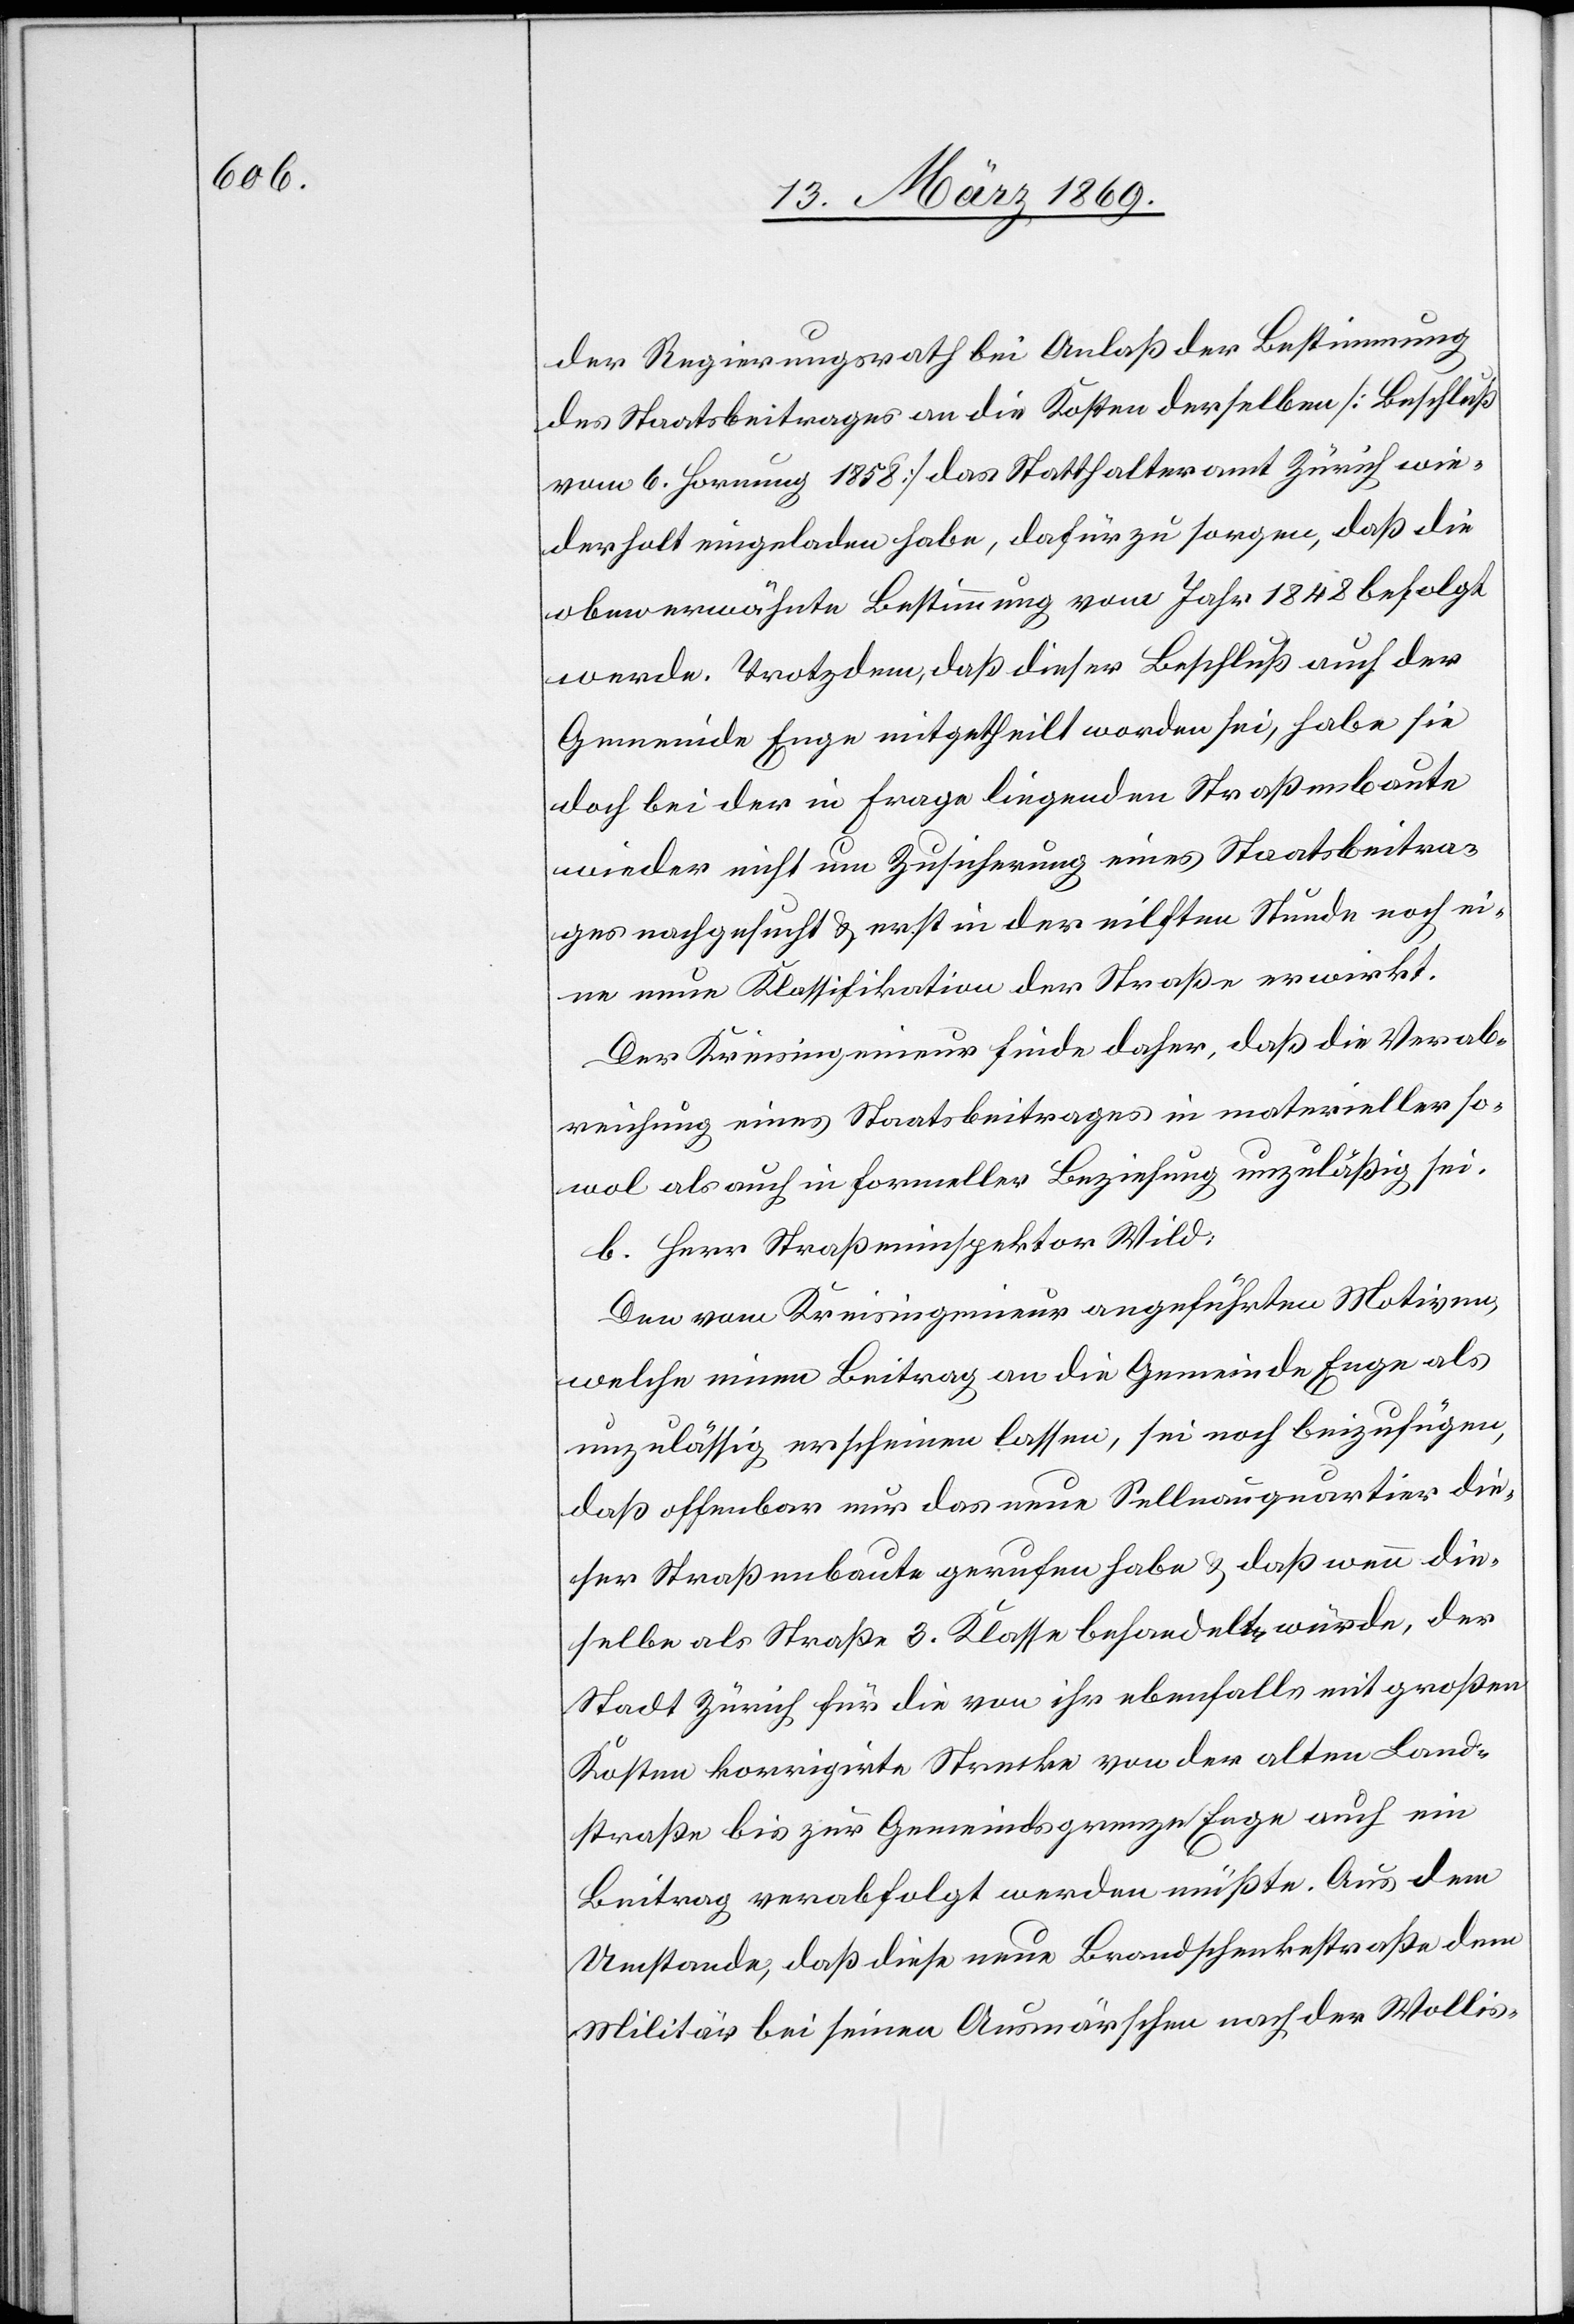
der Regierungsrath bei Anlaß der Bestimmung
des Staatsbeitrages an die Kosten derselben [Beschluß
vom 6. Hornung 1858] das Statthalteramt Zürich wie¬
derholt eingeladen habe, dafür zu sorgen, daß die
oberwähnte Bestimmung vom Jahr 1848 befolgt
werde. Trotzdem, daß dieser Beschluß auch der
Gemeinde Enge mitgetheilt worden sei, habe sie
doch bei der in Frage liegenden Straßenbaute
wieder nicht um Zusicherung eines Staatsbeitra¬
ges nachgesucht & erst in der eilften Stunde noch ei¬
ne neue Klassifikation der Straße erwirkt.
Der Kreisingenieur finde daher, daß die Verab¬
reichung eines Staatsbeitrages in materieller so¬
wol als auch in formeller Beziehung unzuläßig sei.
b. Herr Straßeninspektor Wild:
Den vom Kreisingenieur angeführten Motiven,
welche einen Beitrag an die Gemeinde Enge als
unzulässig erscheinen lassen, sei noch beizufügen,
daß offenbar nur das neue Sellnauquartier
dieser Straßenbaute gerufen habe & daß wenn die¬
selbe als Straße 3. Klasse behandelt würde, der
Stadt Zürich für die von ihr ebenfalls mit großen
Kosten korrigirte Strecke von der alten Land¬
straße bis zur Gemeindsgrenze Enge auch ein
Beitrag verabfolgt werden müßte. Aus dem
Umstande, daß diese neue Brandschenkstraße dem
Militär bei seinen Ausmärschen nach der Wollis-